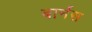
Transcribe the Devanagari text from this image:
बार्नस